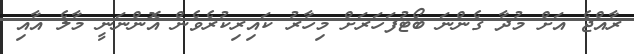
ރާއްޖެ އަށް މުދާ ގެންނަ ބޯޓުފަހަރަށް މިހާރު ކައިރިކުރެވެން އޮންނަނީ މާލެ އާއި